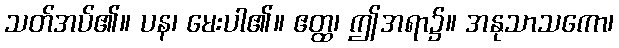
သတ်အပ်၏။ ပန၊ မေးပါ၏။ ဧတ္ထ၊ ဤအရာ၌။ အနုသာသကော၊